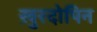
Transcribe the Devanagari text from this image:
ख़ुरदोपिन